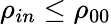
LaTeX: \rho_{in}\leq\rho_{00}